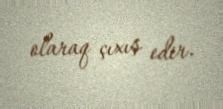
olaraq çıxış edir.